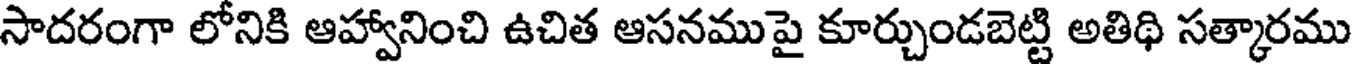
సాదరంగా లోనికి ఆహ్వానించి ఉచిత ఆసనముపై కూర్చుండబెట్టి అతిథి సత్కారము